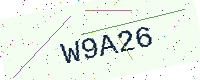
Text: W9A26